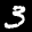
Label: 3